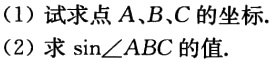
(1) 试求点 \(A、B、C\) 的坐标.

(2) 求 \(\sin\angle ABC\) 的值.